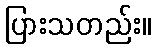
ပြားသတည်း။